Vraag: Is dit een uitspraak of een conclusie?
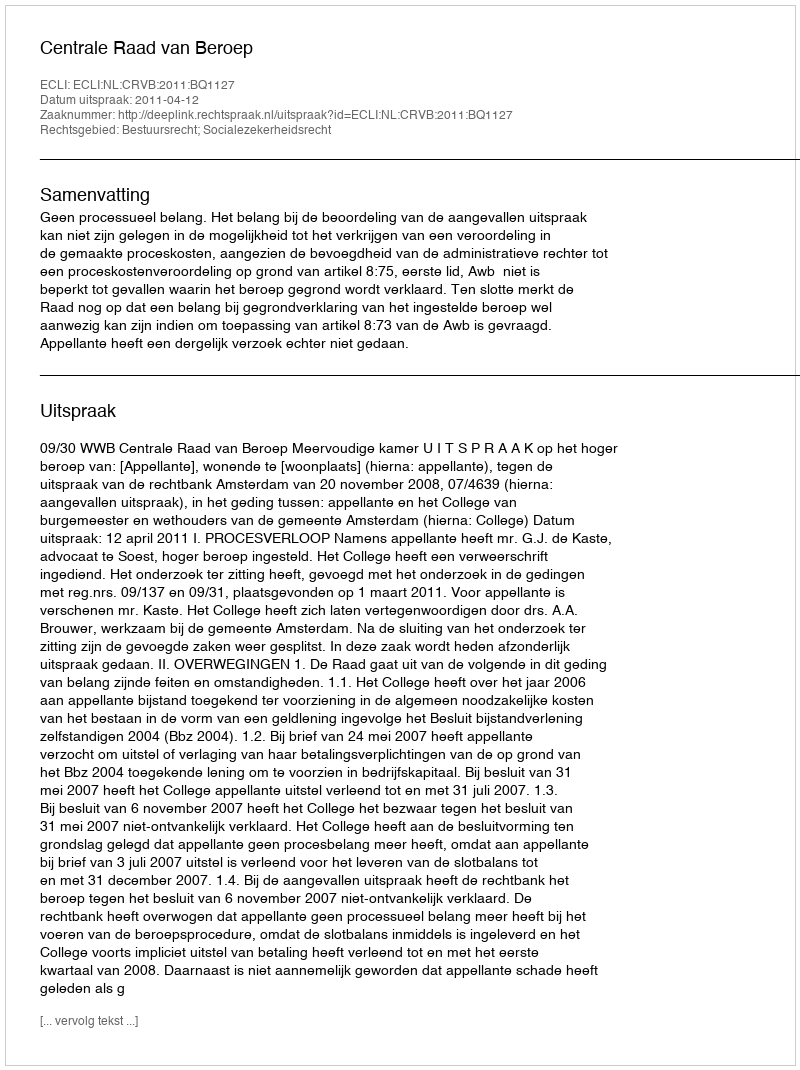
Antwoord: Uitspraak